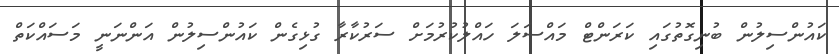
ކައުންސިލުން ބުނިގޮތުގައި ކަރަންޓް މައްސަލަ ހައްލުކުރުމަށް ސަރުކާރާ ގުޅިގެން ކައުންސިލުން އަންނަނީ މަސައްކަތް